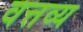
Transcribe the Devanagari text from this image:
वत्तव्य